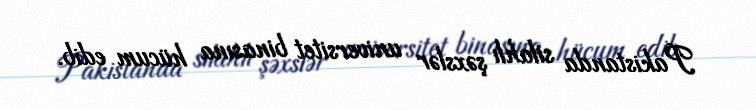
Pakistanda silahlı şəxslər universitet binasına hücum edib.